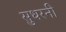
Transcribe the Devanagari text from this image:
सुधरनी